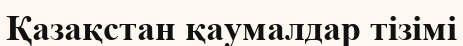
Қазақстан қаумалдар тізімі